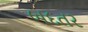
બદતર